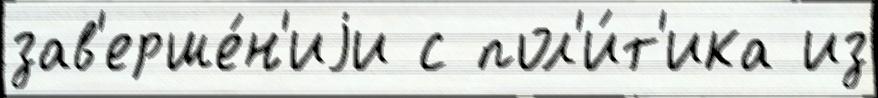
зав'ерше́н'иjи с пол'и́т'ика из